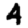
Digit: 4